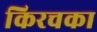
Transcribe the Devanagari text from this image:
किरचका